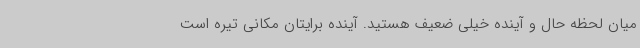
میان لحظه حال و آینده خیلی ضعیف هستید. آینده برایتان مکانی تیره است